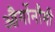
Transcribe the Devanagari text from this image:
और्गोनौमी